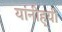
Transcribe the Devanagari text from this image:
यांनीह्यी